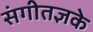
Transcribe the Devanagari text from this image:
संगीतज्ञके